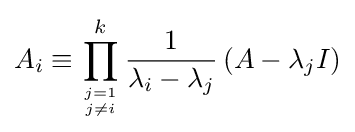
A_{i}\equiv \prod _{j=1 \atop j\neq i}^{k}{\frac {1}{\lambda _{i}-\lambda _{j}}}\left(A-\lambda _{j}I\right)